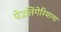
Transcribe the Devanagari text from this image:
पेउतिंगेरियाना